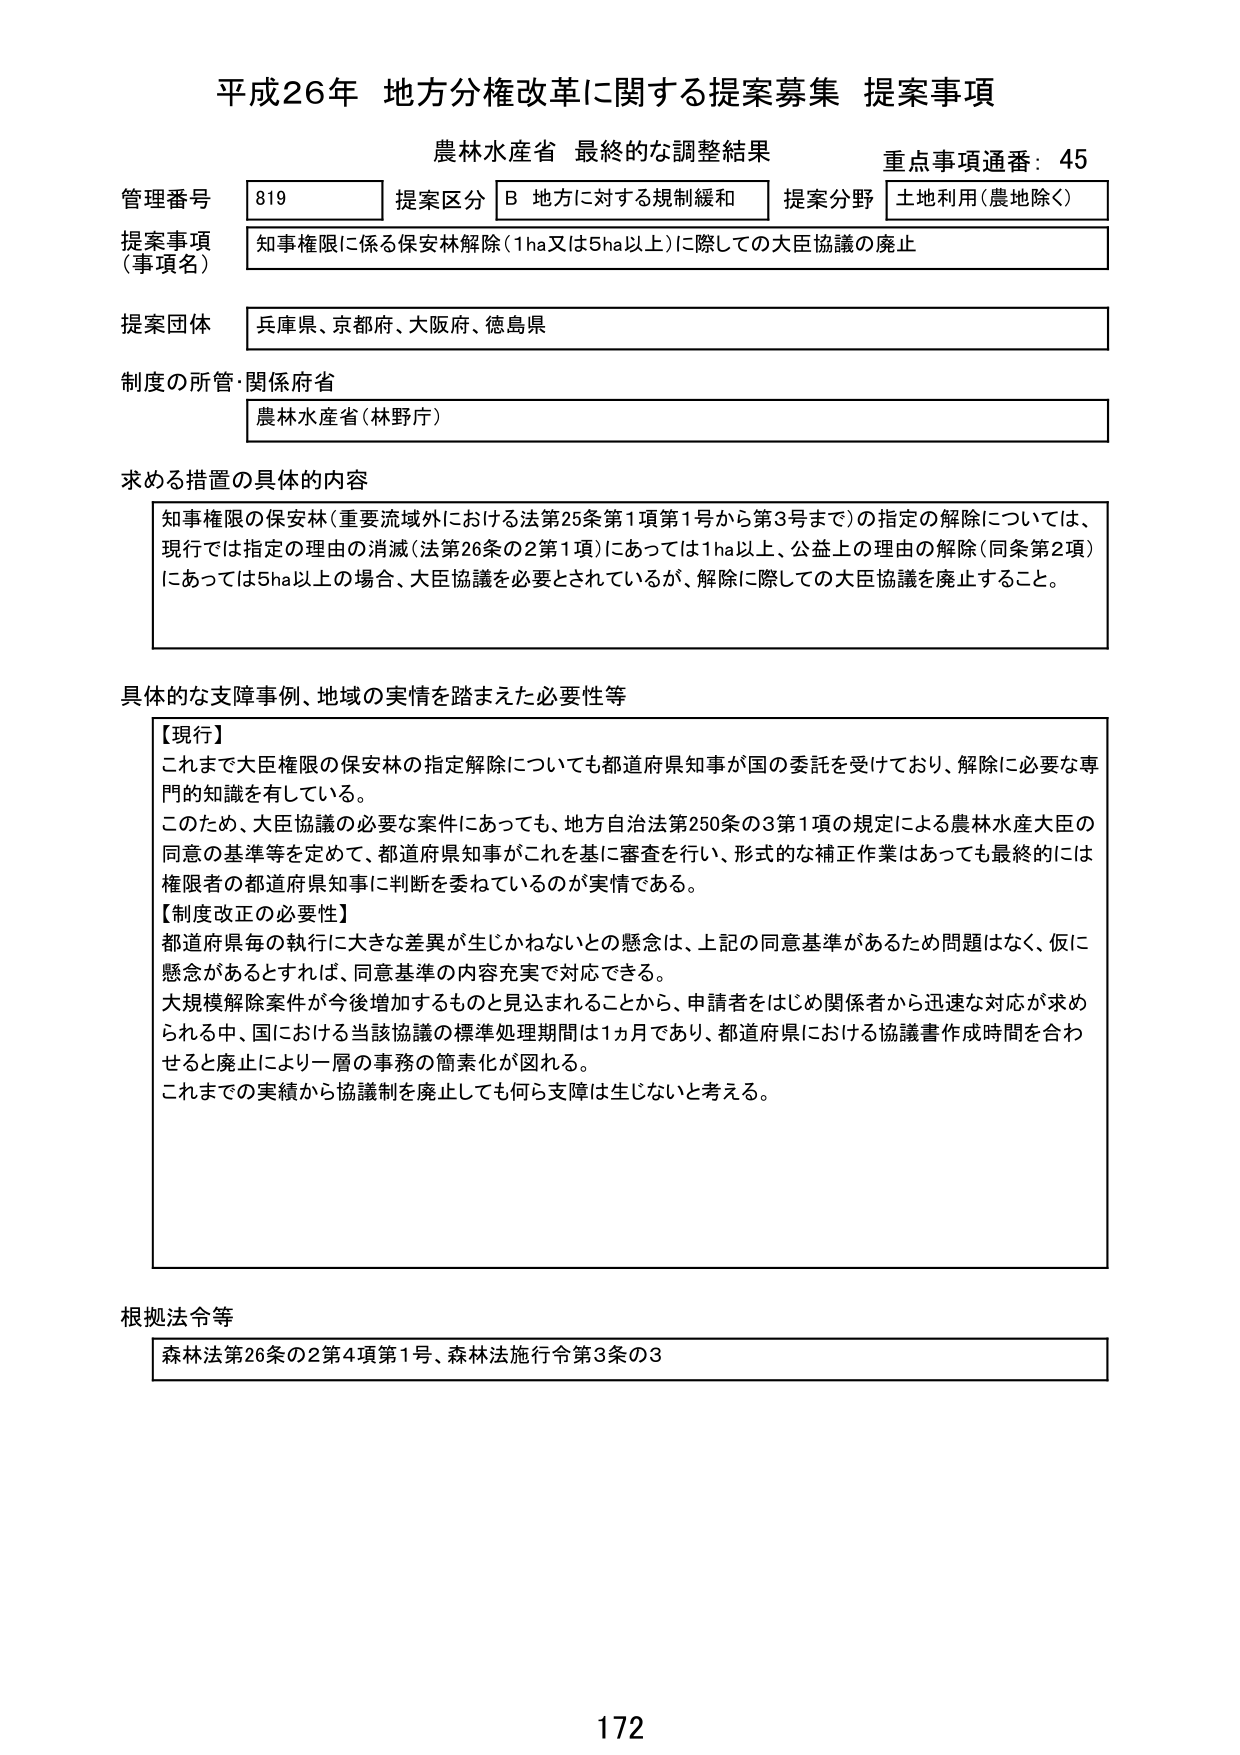
平成26年 地方分権改革に関する提案募集 提案事項
農林水産省 最終的な調整結果
重点事項通番：45

管理番号 819
提案区分 B 地方に対する規制緩和
提案分野 土地利用（農地除く）

提案事項（事項名）
知事権限に係る保安林解除（1ha又は5ha以上）に際しての大臣協議の廃止

提案団体
兵庫県、京都府、大阪府、徳島県

制度の所管・関係府省
農林水産省（林野庁）

求める措置の具体的内容
知事権限の保安林（重要流域外における法第25条第1項第1号から第3号まで）の指定の解除については、
現行では指定の理由の消滅（法第26条の2第1項）にあっては1ha以上、公益上の理由の解除（同条第2項）
にあっては5ha以上の場合、大臣協議を必要とされているが、解除に際しての大臣協議を廃止すること。

具体的な支障事例、地域の実情を踏まえた必要性等
【現行】
これまで大臣権限の保安林の指定解除についても都道府県知事が国の委託を受けており、解除に必要な専門的知識を有している。
このため、大臣協議の必要な案件にあっても、地方自治法第250条の3第1項の規定による農林水産大臣の同意の基準等を定めて、都道府県知事がこれを基に審査を行い、形式的な補正作業はあっても最終的には権限者の都道府県知事に判断を委ねているのが実情である。
【制度改正の必要性】
都道府県毎の執行に大きな差異が生じかねないとの懸念は、上記の同意基準があるため問題はなく、仮に懸念があるとすれば、同意基準の内容充実で対応できる。
大規模解除案件が今後増加するものと見込まれることから、申請者をはじめ関係者から迅速な対応が求められる中、国における当該協議の標準処理期間は1ヵ月であり、都道府県における協議書作成時間を合わせると廃止により一層の事務の簡素化が図れる。
これまでの実績から協議制を廃止しても何ら支障は生じないと考える。

根拠法令等
森林法第26条の2第4項第1号、森林法施行令第3条の3

172